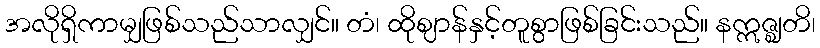
အလိုရှိကာမျှဖြစ်သည်သာလျှင်။ တံ၊ ထိုဈာန်နှင့်တူစွာဖြစ်ခြင်းသည်။ နဣဇ္ဈတိ၊